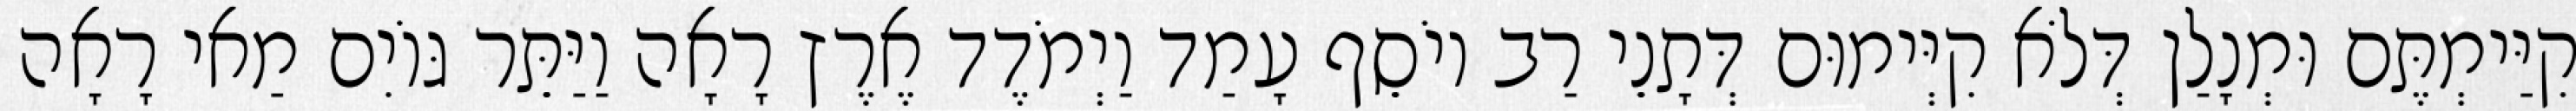
קִיַּימְתֶּם וּמְנָלַן דְּלֹא קִיְּימוּם דְּתָנֵי רַב יוֹסֵף עָמַד וַיְמֹדֶד אֶרֶץ רָאָה וַיַּתֵּר גּוֹיִם מַאי רָאָה